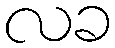
လခ